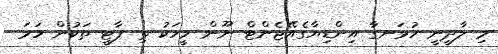
މި ލާދީނީ ހުޅަނގާ އިންޑިޔާގެއޭޖެންޓް ނޫން މީހަކު ތި ޕާޓީ ތަކުން ހަމަ